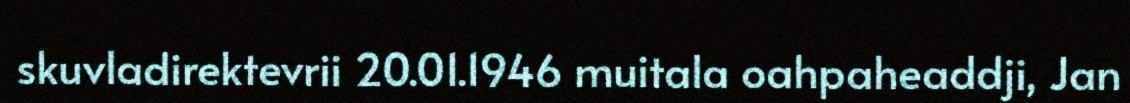
skuvladirektevrii 20.01.1946 muitala oahpaheaddji, Jan